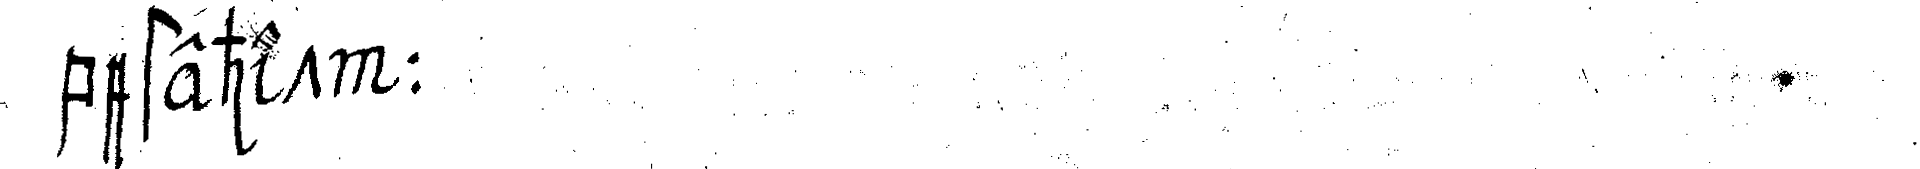
bestehet :